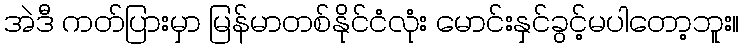
အဲဒီ ကတ်ပြားမှာ မြန်မာတစ်နိုင်ငံလုံး မောင်းနှင်ခွင့်မပါတော့ဘူး။